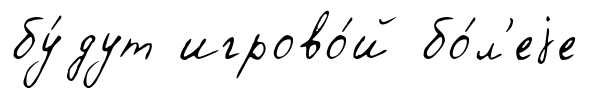
бу́дут игрово́й бо́л'еjе